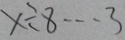
x \div 8 \cdots 3